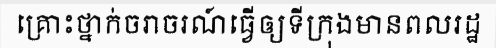
គ្រោះថ្នាក់ចរាចរណ៍ធ្វើឲ្យទីក្រុងមានពលរដ្ឋ